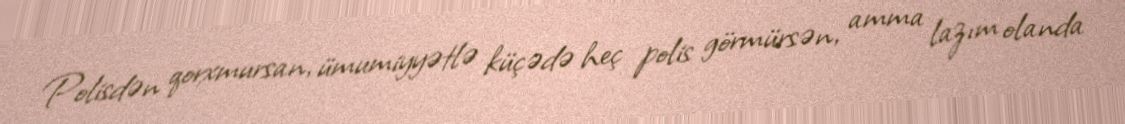
Polisdən qorxmursan, ümumiyyətlə küçədə heç polis görmürsən, amma lazım olanda